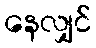
နေလျှင်